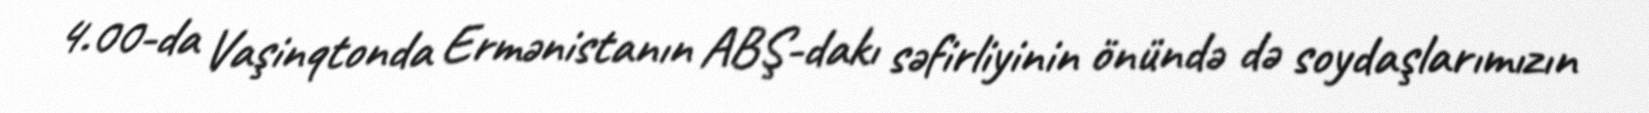
4.00-da Vaşinqtonda Ermənistanın ABŞ-dakı səfirliyinin önündə də soydaşlarımızın